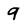
Character: 9